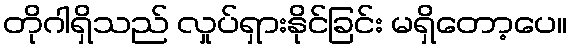
တိုဂါရှိသည် လှုပ်ရှားနိုင်ခြင်း မရှိတော့ပေ။